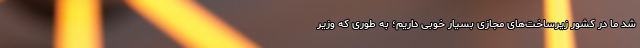
شد ما در کشور زیرساخت‌های مجازی بسیار خوبی داریم؛ به طوری که وزیر